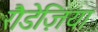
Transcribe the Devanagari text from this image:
रौडेज़िया